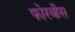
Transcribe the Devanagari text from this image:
फोरबीस